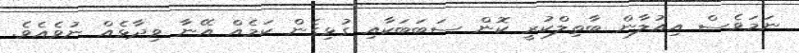
ނަމަވެސް އިއުލާން ބާތިލްކުރީ ކޮން ސަބަބަކާއި ގުޅިގެން ކަމެއް އޭނާ ވިދާޅެއް ނުވެއެވެ.